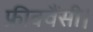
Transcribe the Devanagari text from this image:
फ्रीक्वैंसी।